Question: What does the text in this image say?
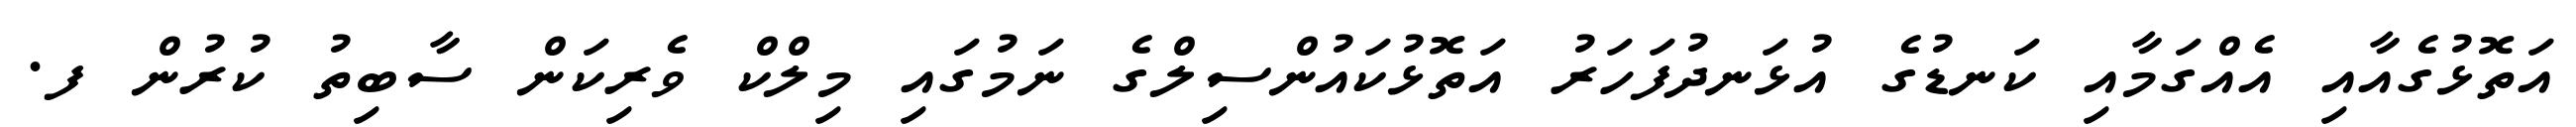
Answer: އަތޮޅުގެއާއި އެއްގަމާއި ކަނޑުގެ އުޅަނދުފަހަރު އަތޮޅުކައުންސިލްގެ ނަމުގައި މިލްކް ވެރިކަން ސާބިތު ކުރުން ފ.